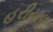
હરીયાળા